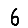
Digit: 6